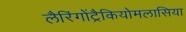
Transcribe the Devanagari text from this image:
लैरिंगोंट्रैकियोमलासिया